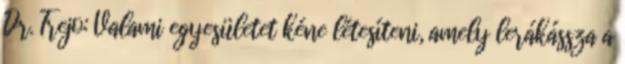
Dr. Trejo: Valami egyesületet kéne létesíteni, amely lerákássza a